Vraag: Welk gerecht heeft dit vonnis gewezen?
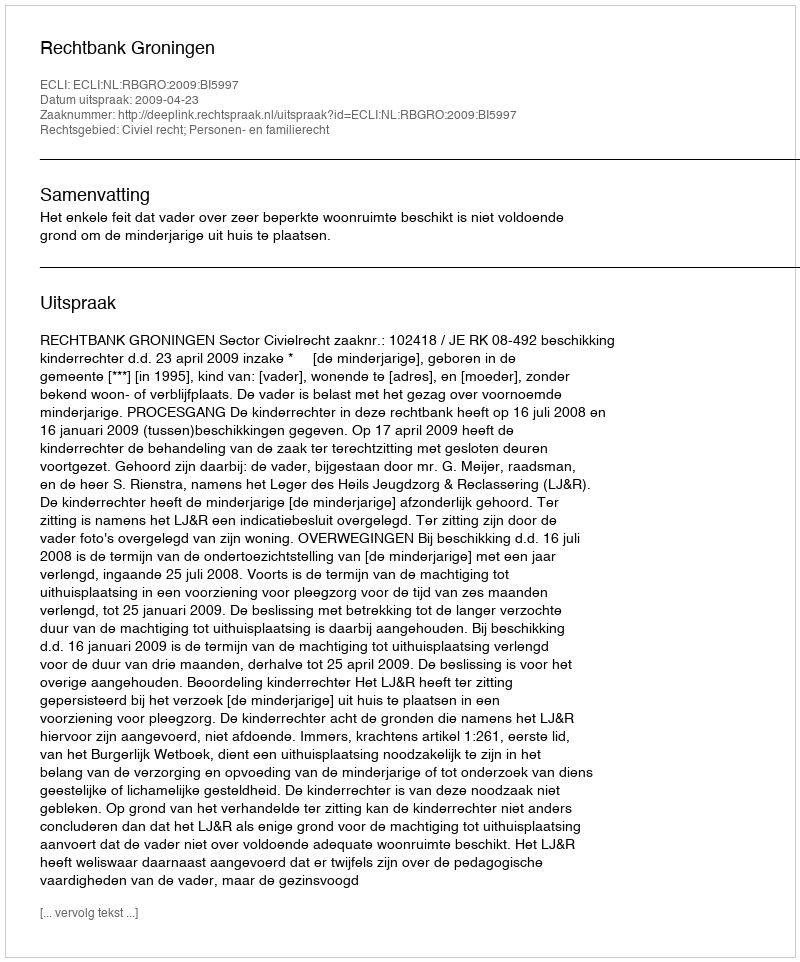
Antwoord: Rechtbank Groningen